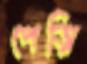
পেত্নি